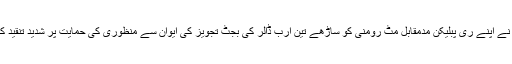
مسٹر اوباما نے اپنے ری پبلیکن مدمقابل مٹ رومنی کو ساڑھے تین ارب ڈالر کی بجٹ تجویز کی ایوان سے منظوری کی حمایت پر شدید تنقید کا نشانہ بنایا۔